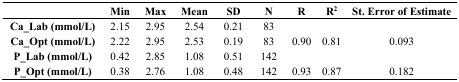
|  | Min | Max | Mean | SD | N | R | R2 | St. Error of Estimate |
 | --- | --- | --- | --- | --- | --- | --- | --- | --- |
 | Ca_Lab (mmol/L) | 2.15 | 2.95 | 2.54 | 0.21 | 83 |  |  |  |
 | Ca_Opt (mmol/L) | 2.22 | 2.95 | 2.53 | 0.19 | 83 | 0.90 | 0.81 | 0.093 |
 | P_Lab (mmol/L) | 0.42 | 2.85 | 1.08 | 0.51 | 142 |  |  |  |
 | P_Opt (mmol/L) | 0.38 | 2.76 | 1.08 | 0.48 | 142 | 0.93 | 0.87 | 0.182 |